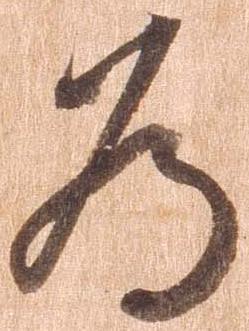
為